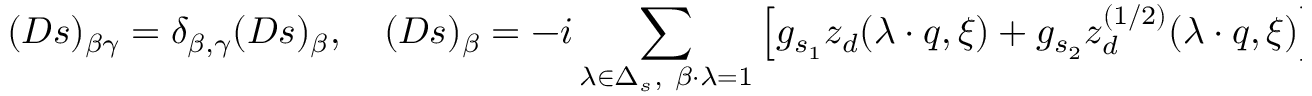
( D s ) _ { \beta \gamma } = \delta _ { \beta , \gamma } ( D s ) _ { \beta } , \quad ( D s ) _ { \beta } = - i \sum _ { \lambda \in \Delta _ { s } , \ \beta \cdot \lambda = 1 } \left[ g _ { s _ { 1 } } z _ { d } ( \lambda \cdot q , \xi ) + g _ { s _ { 2 } } z _ { d } ^ { ( 1 / 2 ) } ( \lambda \cdot q , \xi ) \right] .